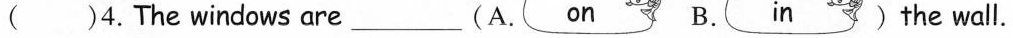
( )4.The windows are___(A. on B. in ) the wall.